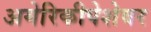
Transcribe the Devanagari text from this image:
अमेरिकीपेशेवर